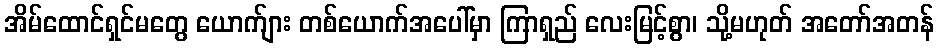
အိမ်ထောင်ရှင်မတွေ ယောက်ျား တစ်ယောက်အပေါ်မှာ ကြာရှည် လေးမြင့်စွာ၊ သို့မဟုတ် အတော်အတန်